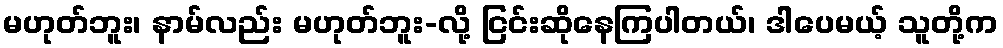
မဟုတ်ဘူး၊ နာမ်လည်း မဟုတ်ဘူး-လို့ ငြင်းဆိုနေကြပါတယ်၊ ဒါပေမယ့် သူတို့က